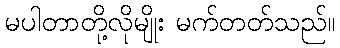
မပါတာတို့လိုမျိုး မက်တတ်သည်။